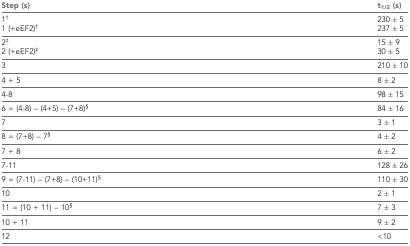
<table><thead><tr><td><b>Step (s)</b></td><td><b>t<sub>1/2</sub> (s)</b></td></tr></thead><tbody><tr><td>1<sup>†</sup>1 (+eEF2)<sup>†</sup></td><td>230 ± 5 237 ± 5</td></tr><tr><td>2<sup>‡</sup>2 (+eEF2)<sup>‡</sup></td><td>15 ± 9 30 ± 5</td></tr><tr><td>3</td><td>210 ± 10</td></tr><tr><td>4 + 5</td><td>8 ± 2</td></tr><tr><td>4-8</td><td>98 ± 15</td></tr><tr><td>6 = (4-8) – (4+5) – (7+8)<sup>§</sup></td><td>84 ± 16</td></tr><tr><td>7</td><td>3 ± 1</td></tr><tr><td>8 = (7+8) – 7<sup>§</sup></td><td>4 ± 2</td></tr><tr><td>7 + 8</td><td>6 ± 2</td></tr><tr><td>7-11</td><td>128 ± 26</td></tr><tr><td>9 = (7-11) – (7+8) – (10+11)<sup>§</sup></td><td>110 ± 30</td></tr><tr><td>10</td><td>2 ± 1</td></tr><tr><td>11 = (10 + 11) – 10<sup>§</sup></td><td>7 ± 3</td></tr><tr><td>10 + 11</td><td>9 ± 2</td></tr><tr><td>12</td><td>&lt;10</td></tr></tbody></table>